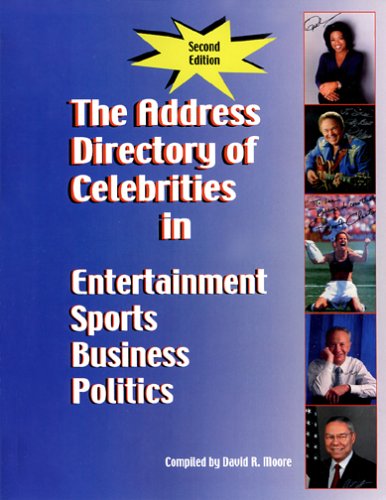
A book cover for The Address Directory of Celebrities in Entertainment, Sports, Business & Politics, Second Edition; David R. Moore; Humor & Entertainment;